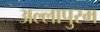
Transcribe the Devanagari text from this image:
अल्लापुरम